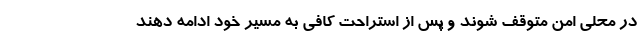
در محلی امن متوقف شوند و پس از استراحت کافی به مسیر خود ادامه دهند